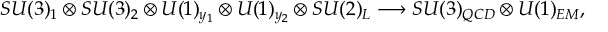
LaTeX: \int _ { 0 } ^ { 1 } d x g _ { 1 } ^ { \gamma } ( x , Q ^ { 2 } ) = 0 .